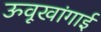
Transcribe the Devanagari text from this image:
ऊवूखांगाई